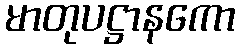
မာတုပဋ္ဌာနကော